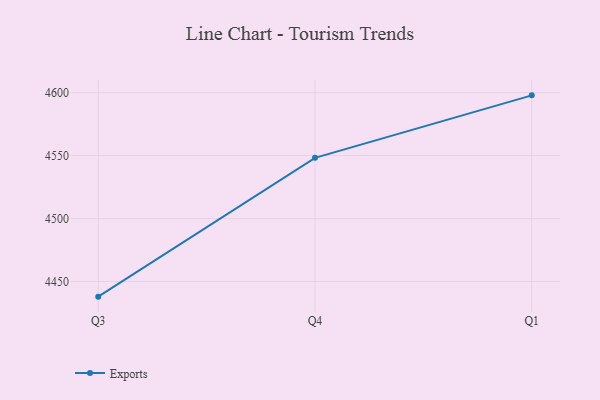
{"axis": {"x": "Quarter", "y": "Temperature (°C)"}, "legend": ["Exports"], "data": [{"x": "Q3", "y": 4438.0, "type": "Exports"}, {"x": "Q4", "y": 4548.2, "type": "Exports"}, {"x": "Q1", "y": 4597.8, "type": "Exports"}]}